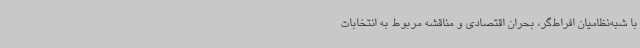
با شبه‌نظامیان افراط‌گر، بحران اقتصادی و مناقشه مربوط به انتخابات